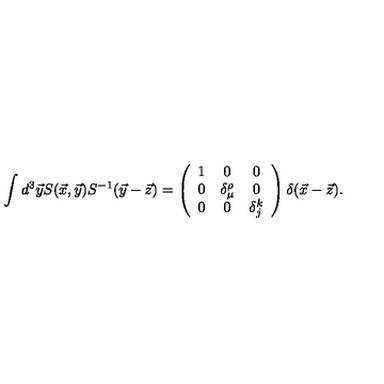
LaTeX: \int d ^ { 3 } \vec { y } S ( \vec { x } , \vec { y } ) S ^ { - 1 } ( \vec { y } - \vec { z } ) = \left( \begin{array} { c c c } { 1 } & { 0 } & { 0 } \\ { 0 } & { \delta _ { \mu } ^ { \rho } } & { 0 } \\ { 0 } & { 0 } & { \delta _ { j } ^ { k } } \\ \end{array} \right) \delta ( \vec { x } - \vec { z } ) .